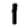
Digit: 1